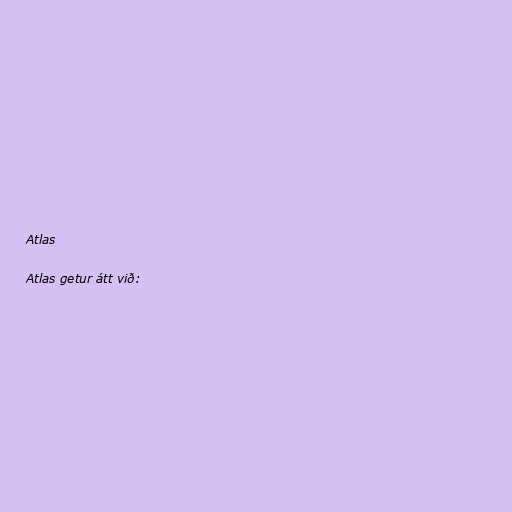
Atlas

Atlas getur átt við: